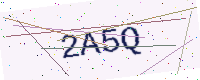
Text: 2A5Q